Destruction of fleas by exposure to the sun - Number 40
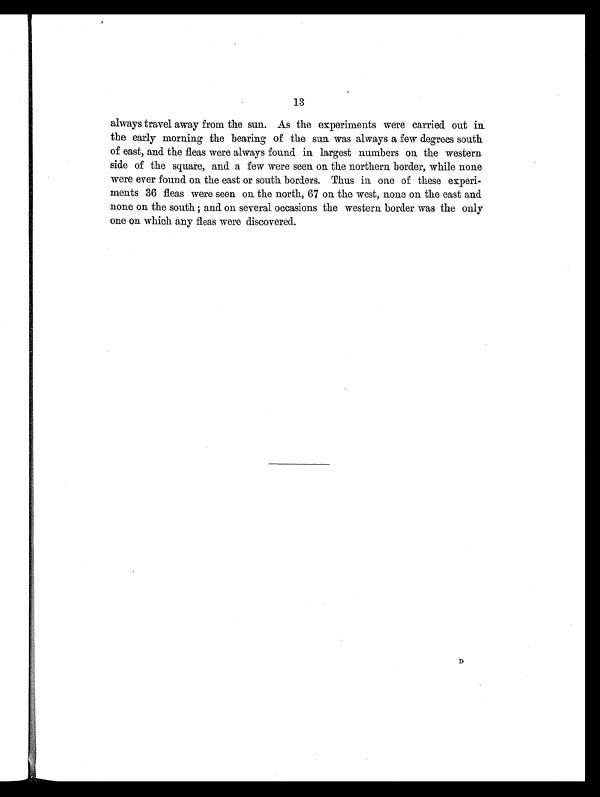
13
always travel away from the sun. As the experiments were carried out in
the early morning the bearing of the sun was always a few degrees south
of east, and the fleas were always found in largest numbers on the western
side of the square, and a few were seen on the northern border, while none
were ever found on the east or south borders. Thus in one of these experi-
ments 36 fleas were seen on the north, 67 on the west, none on the east and
none on the south; and on several occasions the western border was the only
one on which any fleas were discovered.